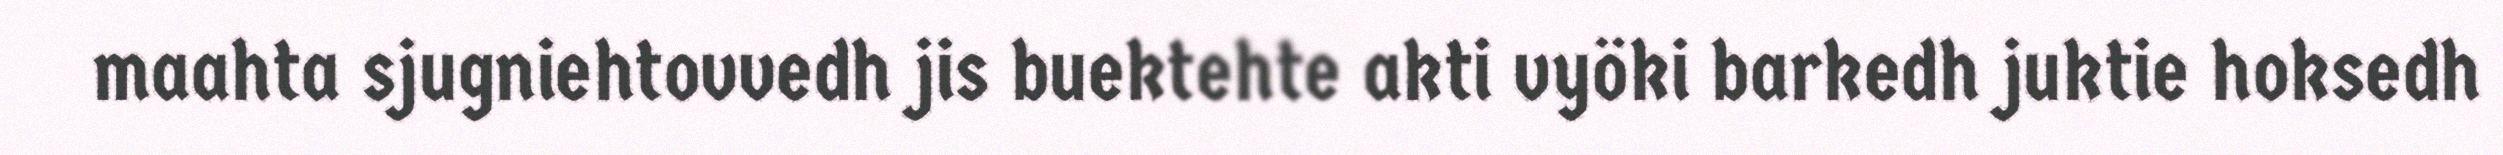
maahta sjugniehtovvedh jis buektehte akti vyöki barkedh juktie hoksedh